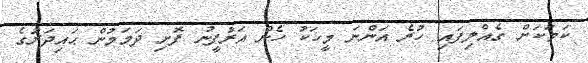
ކަމަކަށް ގެއްލިފައި ހުރެ އަންނަ މީހަކު ހެން އަރުފީނު ފޮށި ދަމަމުން ޙައިދަރުގެ